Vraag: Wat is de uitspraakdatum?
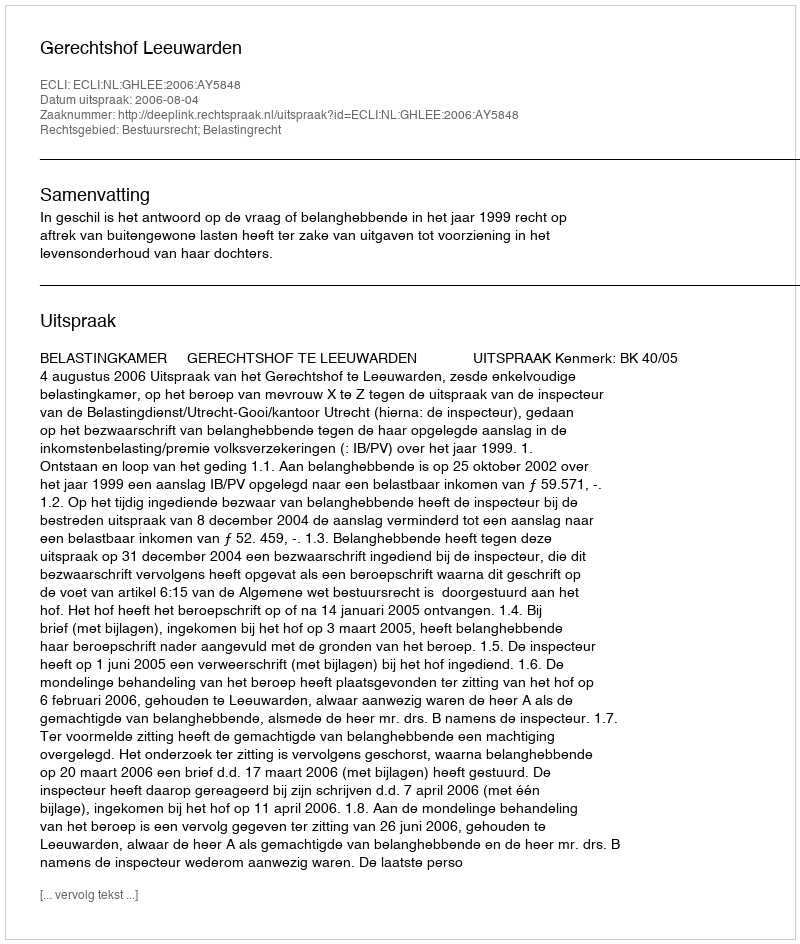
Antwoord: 2006-08-04